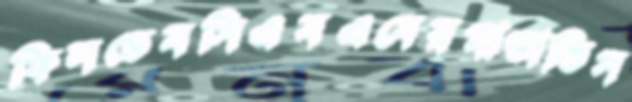
ফিলডেনসিএনএনেরমাতাতিস